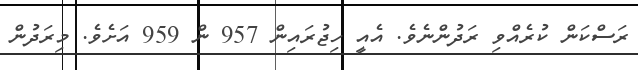
ރަސްކަން ކުރެއްވި ރަދުންނެވެ. އެއީ ހިޖުރައިން 957 ން 959 އަށެވެ. މިރަދުން